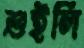
শুইলি